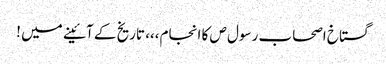
گستاخ اصحاب رسول ص کا انجام،،، تاریخ کے آئینے میں !